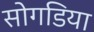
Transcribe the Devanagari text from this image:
सोगडिया